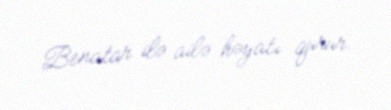
Benatar ilə ailə həyatı qurur.